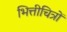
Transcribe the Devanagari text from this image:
भित्तीचित्रों